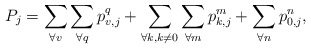
\begin{align*} P_j=\sum\limits_{\forall v}\sum\limits_{\forall q} p_{v,j}^q + \sum\limits_{\forall k, k\ne0}\sum\limits_{\forall m} p_{k,j}^m +\sum\limits_{\forall n} p_{0,j}^n,\end{align*}